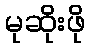
မုဆိုးဖို